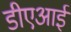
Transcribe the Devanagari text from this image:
डीएआई